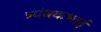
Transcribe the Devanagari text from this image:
त्र्यंबकभाई